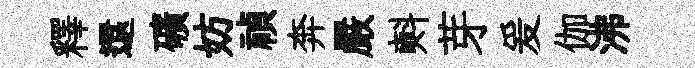
釋還礦妨禎奔嚴㪺芽爰伽沸